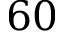
6 0